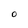
Character: O